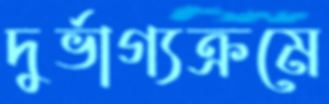
দুর্ভাগ্যক্রমে